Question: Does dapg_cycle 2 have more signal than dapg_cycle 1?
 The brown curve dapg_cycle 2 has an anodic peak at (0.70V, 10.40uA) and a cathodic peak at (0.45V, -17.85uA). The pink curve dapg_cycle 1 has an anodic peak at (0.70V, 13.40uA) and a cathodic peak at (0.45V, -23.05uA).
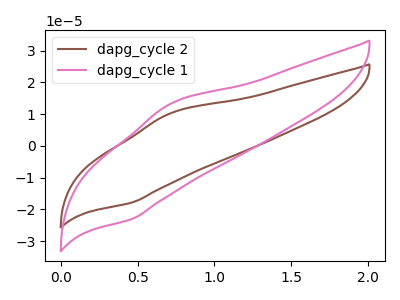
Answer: <think>All the peaks in "dapg_cycle 2" have a peak in "dapg_cycle 1" at the same potential. Every peak in "dapg_cycle 2" is lower than every peak in "dapg_cycle 1".
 </think>
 <answer>"dapg_cycle 2" has less signal than "dapg_cycle 1".</answer>
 <eval>less_signal</eval>